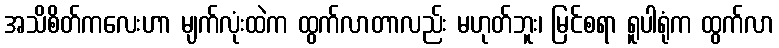
အသိစိတ်ကလေးဟာ မျက်လုံးထဲက ထွက်လာတာလည်း မဟုတ်ဘူး၊ မြင်စရာ ရူပါရုံက ထွက်လာ